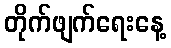
တိုက်ဖျက်ရေးနေ့